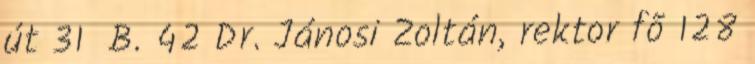
út 31 B. 42 Dr. Jánosi Zoltán, rektor fõ 128